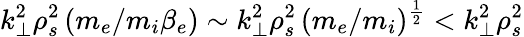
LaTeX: k_{\bot}^{2}\rho_{s}^{2}\, (m_{e}/m_{i}\beta_{e})\sim k_{\bot}^{2}\rho_{s}^{2}\, (m_{e}/m_{i})^{\frac{1}{2}}<k_{\bot}^{2}\rho_{s}^{2}